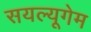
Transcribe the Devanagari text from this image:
सयल्यूगेम